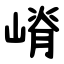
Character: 嵴